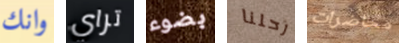
وانك تراي بضوء رحلنا محاضرات